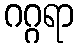
ဂဂ္ဂရာ